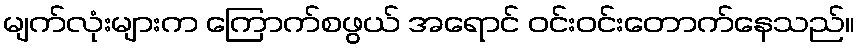
မျက်လုံးများက ကြောက်စဖွယ် အရောင် ဝင်းဝင်းတောက်နေသည်။